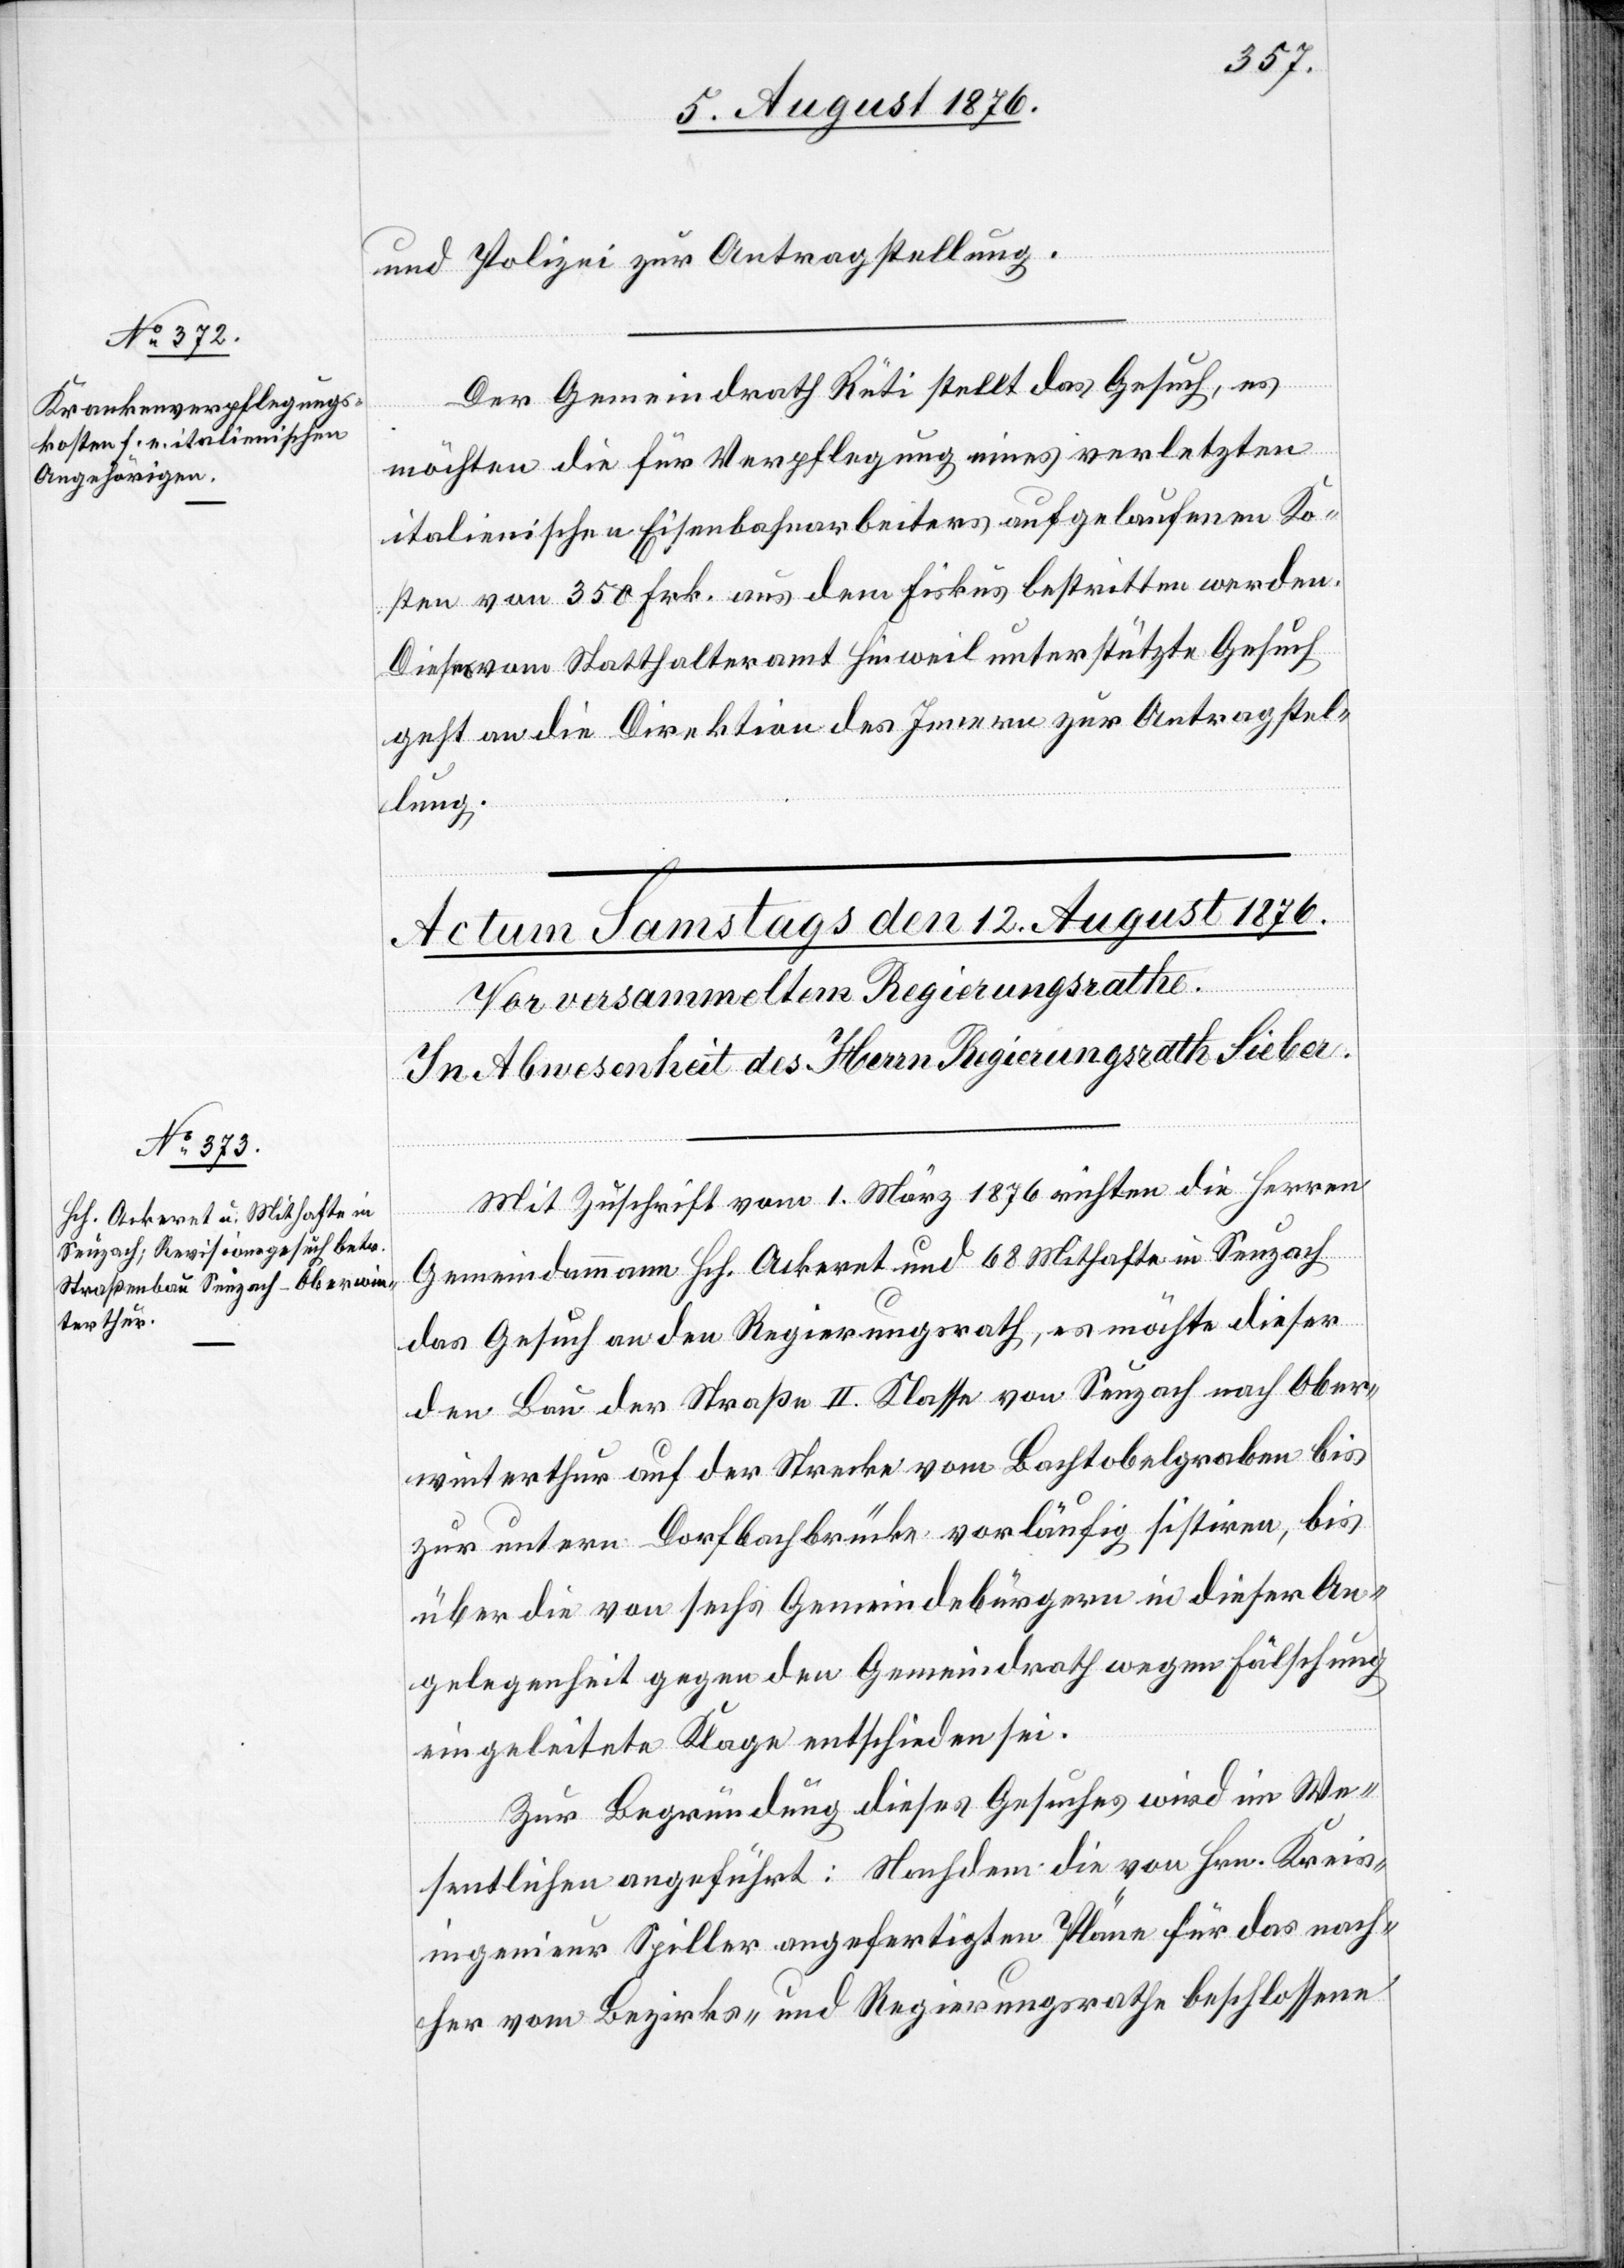
11. August 1876.]
und Polizei zur Antragstellung.
Der Gemeindrath Rüti stellt das Gesuch, es
möchten die für Verpflegung eines verletzten
italienischen Eisenbahnarbeiters aufgelaufenen Ko¬
sten von 350 Frk. aus dem Fiskus bestritten werden.
Dieses vom Statthalteramt Hinweil unterstützte Gesuch
geht an die Direktion des Innern zur Antragstel¬
lung.
Mit Zuschrift vom 1. März 1876 richten die Herren
Gemeindammann Hch. Ackeret und 68 Mithafte in Seuzach
das Gesuch an den Regierungsrath, es möchte dieser
den Bau der Straße II. Klasse von Seuzach nach Ober¬
winterthur auf der Strecke vom Bachtobelgraben bis
zur untern Dorfbachbrücke vorläufig sistiren, bis
über die von sechs Gemeindebürgern in dieser An¬
gelegenheit gegen den Gemeindrath wegen Fälschung
eingeleitete Klage entschieden sei.
Zur Begründung dieses Gesuches wird in We¬
sentlichen angeführt: Nachdem die von Hrn. Kreis¬
ingenieur Spiller angefertigten Pläne für das nach¬
her vom Bezirks- und Regierungsrathe beschlossene